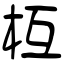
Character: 枑